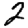
Digit: 2